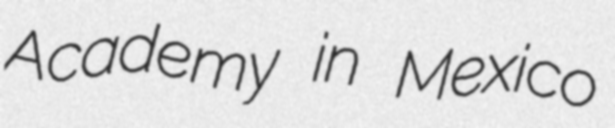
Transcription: Academy in Mexico